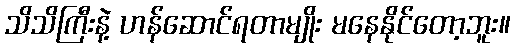
သိသိကြီးနဲ့ ဟန်ဆောင်ရတာမျိုး မနေနိုင်တော့ဘူး။